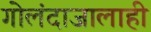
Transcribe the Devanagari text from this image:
गोलंदाजालाही